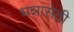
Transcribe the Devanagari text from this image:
धन्नासेठी